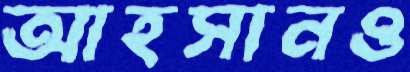
আহসানও